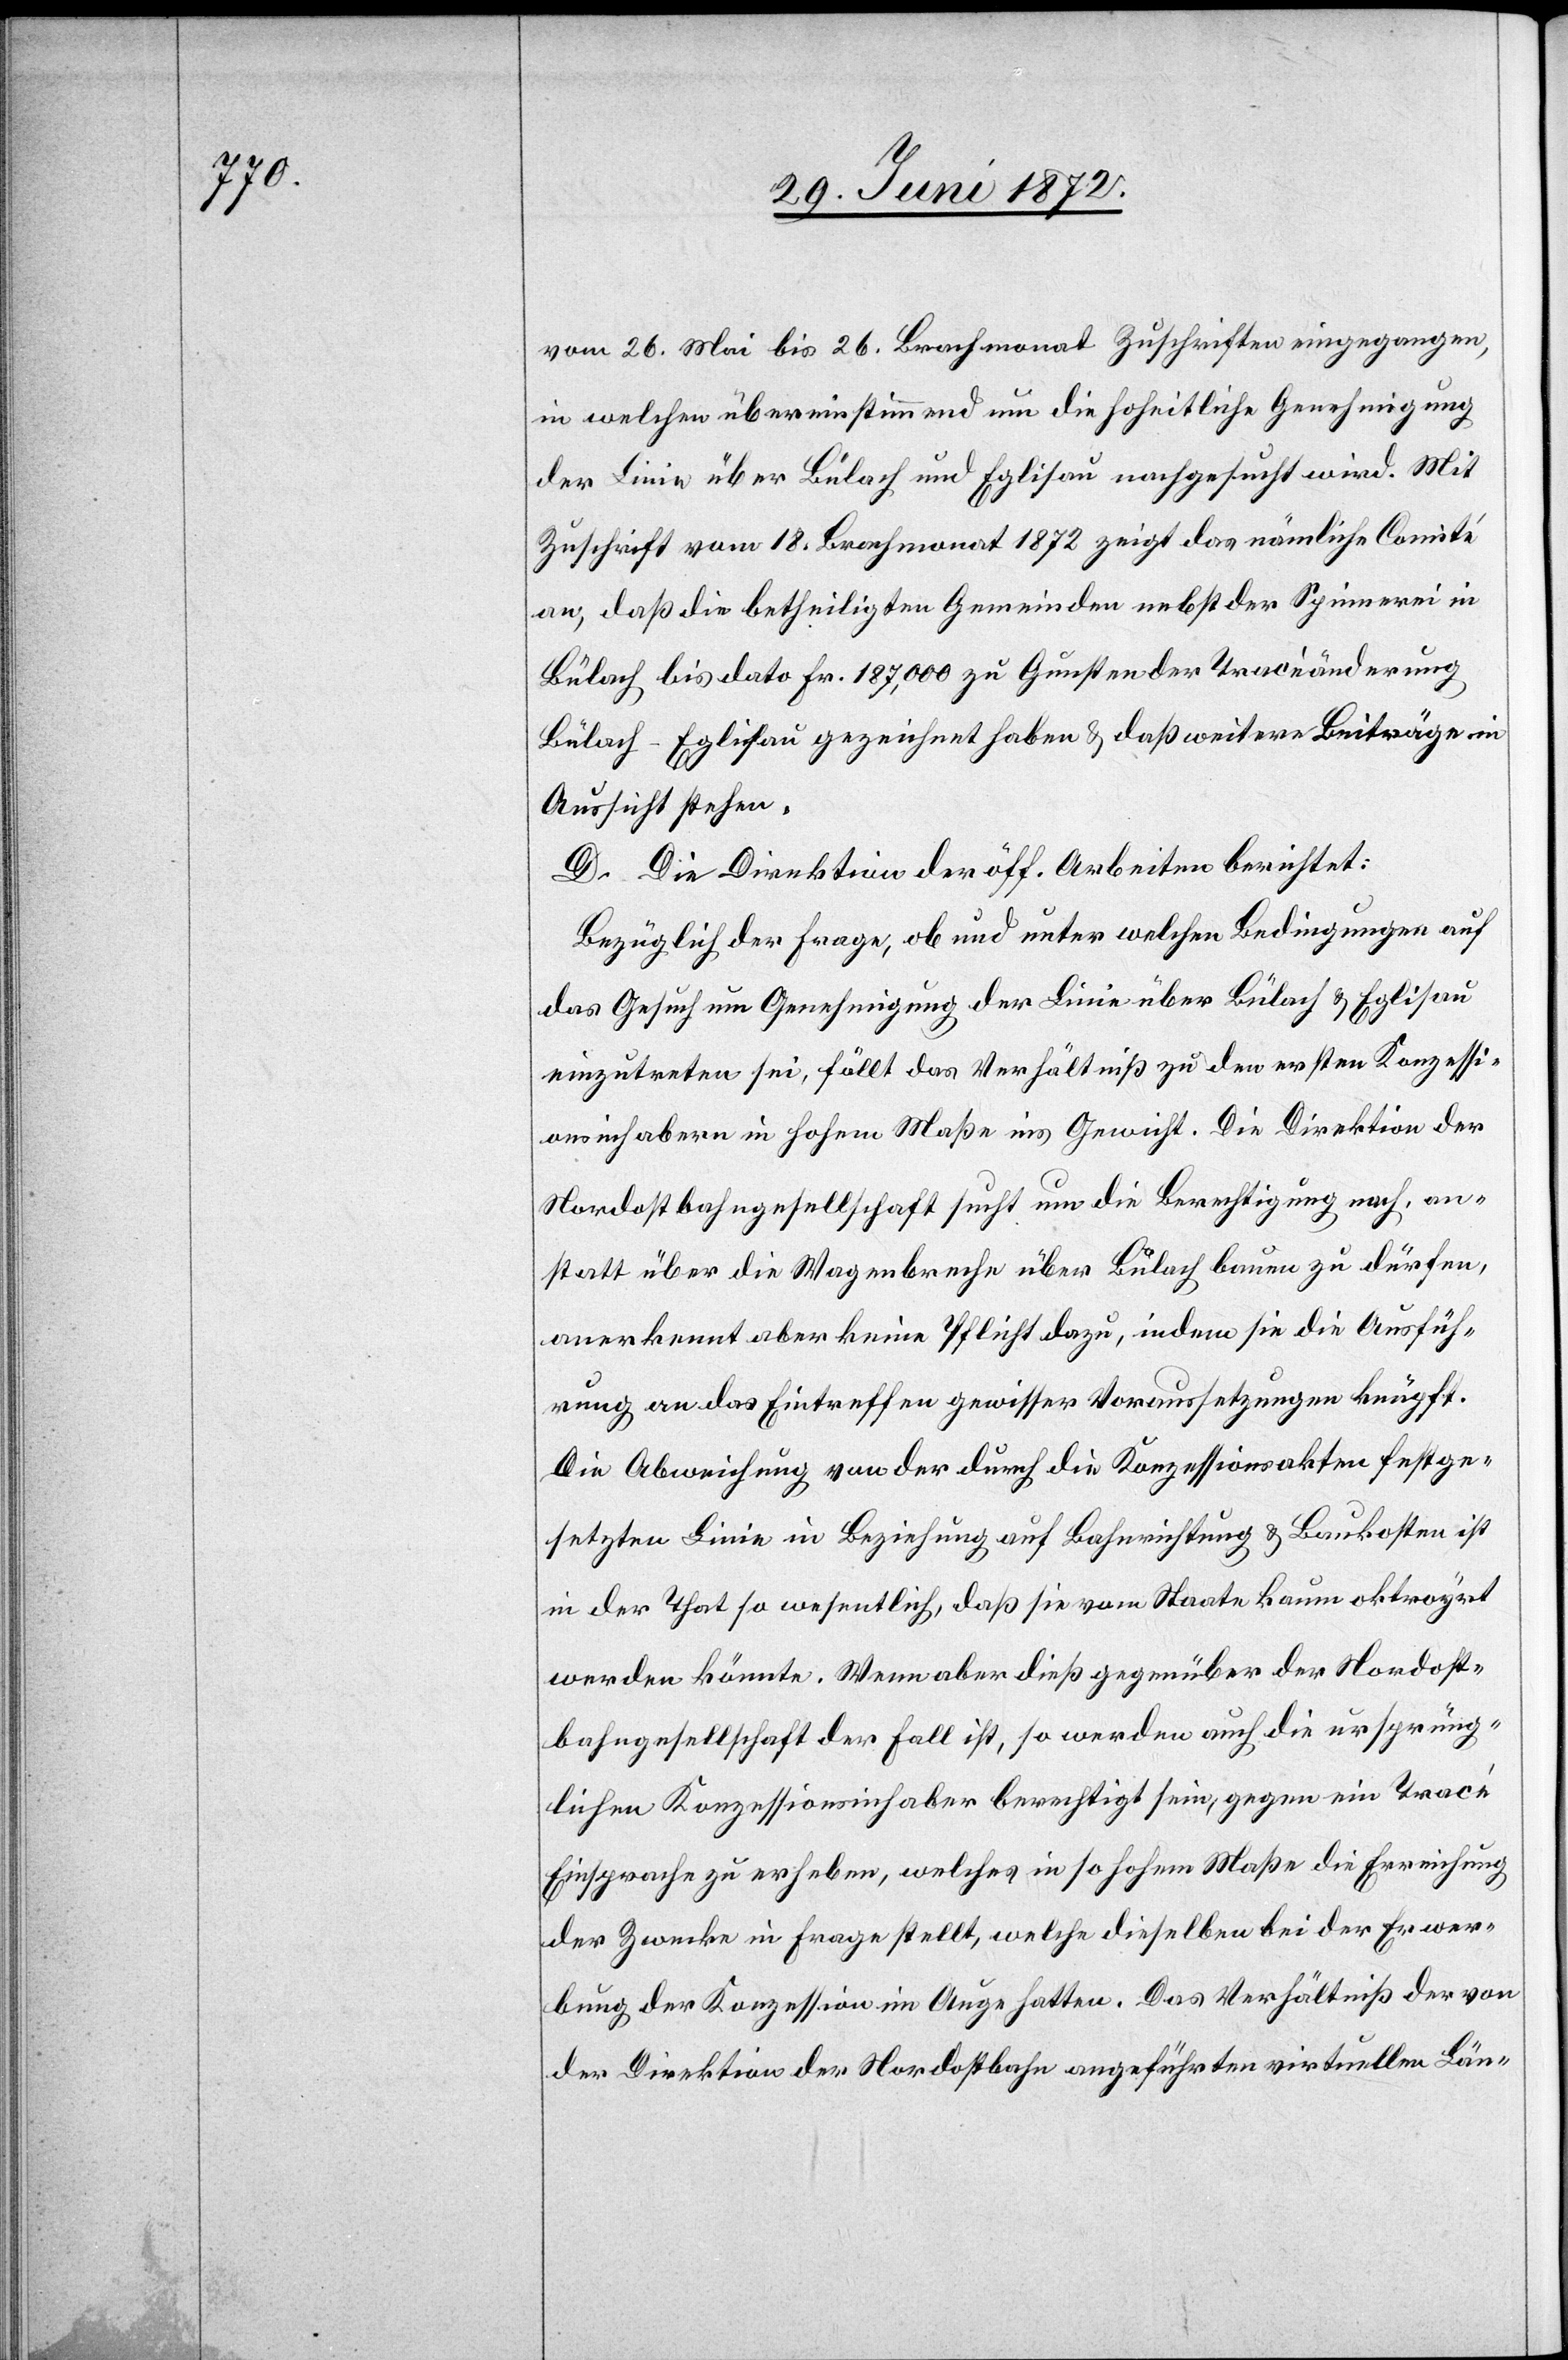
vom 26. Mai bis 26. Brachmonat Zuschriften eingegangen,
in welchen übereinstimmend um die hoheitliche Genehmigung
der Linie über Bülach und Eglisau nachgesucht wird. Mit
Zuschrift vom 18. Brachmonat 1872 zeigt das nämliche Comité
an, daß die betheiligten Gemeinden nebst der Spinnerei in
Bülach bis dato Fr. 187,000 zu Gunsten der Tracéänderung
Bülach–Eglisau gezeichnet haben u. daß weitere Beiträge in
Aussicht stehen.
D. Die Direktion der öff. Arbeiten berichtet:
Bezüglich der Frage, ob und unter welchen Bedingungen auf
das Gesuch um Genehmigung der Linie über Bülach u. Eglisau
einzutreten sei, fällt das Verhältniß zu den ersten Konzessi¬
onsinhabern in hohem Maße ins Gewicht. Die Direktion der
Nordostbahngesellschaft sucht um die Berechtigung nach, an¬
statt über die Wagenbreche über Bülach bauen zu dürfen,
anerkennt aber keine Pflicht dazu, indem sie die Ausfüh¬
rung an das Eintreffen gewisser Voraussetzungen knüpft.
Die Abweichung von der durch die Konzessionsakten festge¬
setzten Linie in Beziehung auf Bahnrichtung u. Baukosten ist
in der That so wesentlich, daß sie vom Staate kaum oktroyrt
werden könnte. Wenn aber dieß gegenüber der Nordost¬
bahngesellschaft der Fall ist, so werden auch die ursprüng¬
lichen Konzessionsinhaber berechtigt sein, gegen ein Tracé
Einsprache zu erheben, welches in so hohem Maße die Erreichung
der Zwecke in Frage stellt, welche dieselben bei der Erwer¬
bung der Konzession im Auge hatten. Das Verhältniß der von
der Direktion der Nordostbahn angeführten virtuellen Län-